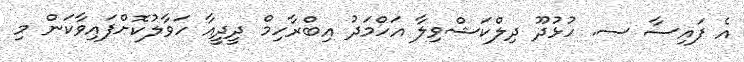
އެ ފައިސާ ސ. ހުޅުދޫ ދިލްކަޝްވިލާ އަހްމަދު އިބްރާހިމް ދީދީއާ ހަވާލުކޮށްފައިވާކަން މި